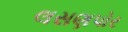
લસણપોર